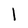
Character: l